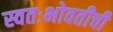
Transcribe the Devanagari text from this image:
स्वतःभोवतीची